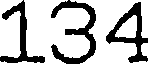
134